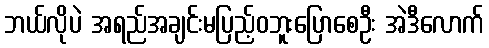
ဘယ်လိုပဲ အရည်အချင်းမပြည့်ဝဘူးပြောစေဦး အဲဒီလောက်